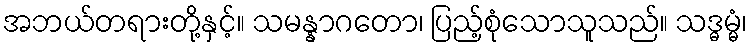
အဘယ်တရားတို့နှင့်။ သမန္နာဂတော၊ ပြည့်စုံသောသူသည်။ သဒ္ဓမ္မံ၊